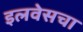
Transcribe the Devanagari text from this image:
इलवेसचा